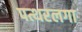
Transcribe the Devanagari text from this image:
पत्थरलगा